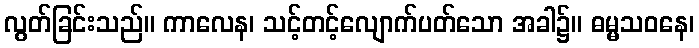
လွတ်ခြင်းသည်။ ကာလေန၊ သင့်တင့်လျောက်ပတ်သော အခါ၌။ ဓမ္မသဝနေ၊